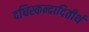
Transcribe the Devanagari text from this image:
दधिस्कन्दादितीर्थ